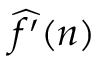
{ \widehat { f ^ { \prime } } } ( n )